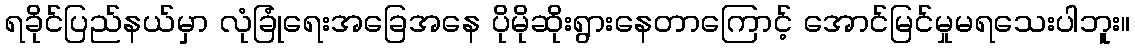
ရခိုင်ပြည်နယ်မှာ လုံခြုံရေးအခြေအနေ ပိုမိုဆိုးရွားနေတာကြောင့် အောင်မြင်မှုမရသေးပါဘူး။